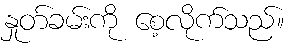
နှုတ်ခမ်းကို စေ့လိုက်သည်။